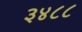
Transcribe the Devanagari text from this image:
३४८८